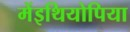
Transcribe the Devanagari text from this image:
मेंइथियोपिया